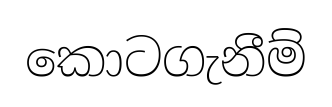
කොටගැනීම්